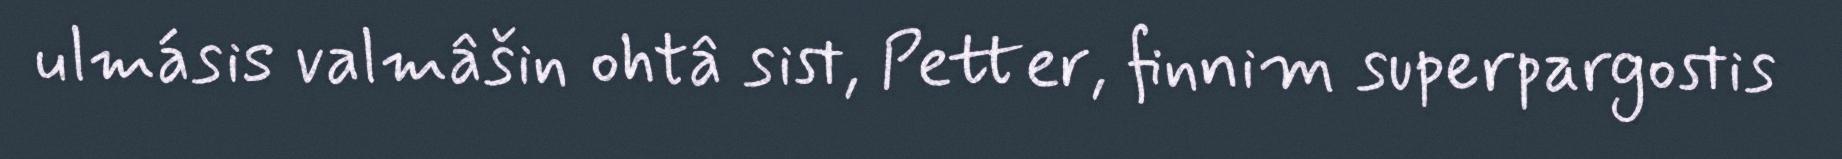
ulmásis valmâšin ohtâ sist, Petter, finnim superpargostis